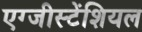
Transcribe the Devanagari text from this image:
एग्जीस्टेंशियल